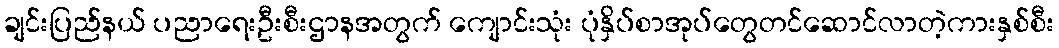
ချင်းပြည်နယ် ပညာရေးဦးစီးဌာနအတွက် ကျောင်းသုံး ပုံနှိပ်စာအုပ်တွေတင်ဆောင်လာတဲ့ကားနှစ်စီး